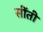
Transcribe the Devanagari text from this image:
सींती